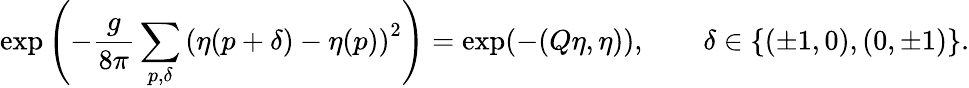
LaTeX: \exp\left(-\frac{g}{8\pi}\sum_{p,\delta}\left(\eta(p+\delta)-\eta(p)\right)^{2}\right)=\exp(-(Q\eta,\eta)),\qquad\delta\in\{ (\pm 1,0),(0,\pm 1)\} .